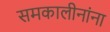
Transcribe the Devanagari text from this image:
समकालीनांना